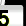
Digit: 5